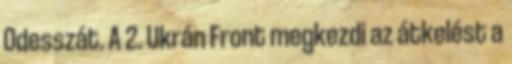
Odesszát. A 2. Ukrán Front megkezdi az átkelést a